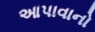
આપાવાનો